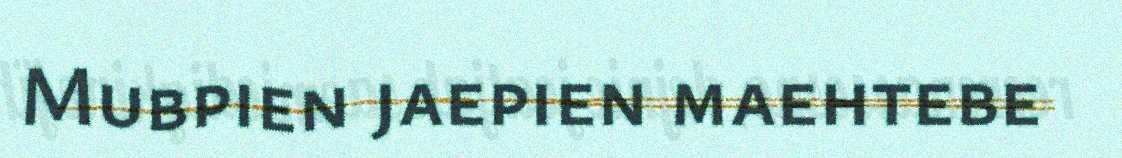
Mubpien jaepien maehtebe